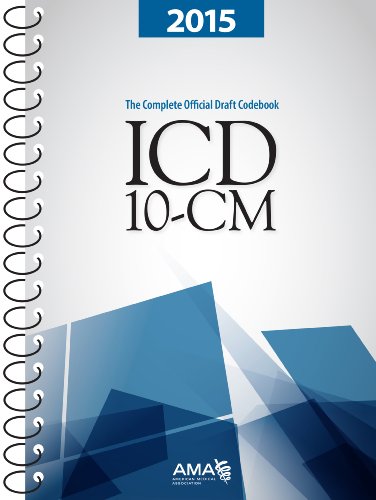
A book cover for ICD-10-CM 2015: The Complete Official Codebook; Medical Books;